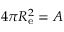
4 \pi R _ { \mathrm { e } } ^ { 2 } = A